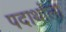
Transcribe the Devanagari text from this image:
पदार्थांला